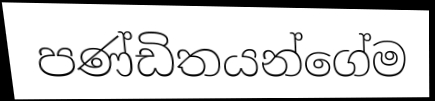
පණ්ඩිතයන්ගේම